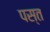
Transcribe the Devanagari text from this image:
पस्‍त